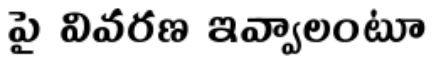
పై వివరణ ఇవ్వాలంటూ